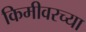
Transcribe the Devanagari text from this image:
किमीवरच्या